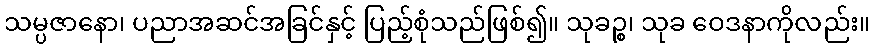
သမ္ပဇာနော၊ ပညာအဆင်အခြင်နှင့် ပြည့်စုံသည်ဖြစ်၍။ သုခဉ္စ၊ သုခ ဝေဒနာကိုလည်း။